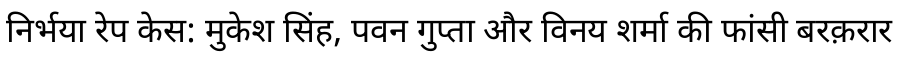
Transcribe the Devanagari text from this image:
निर्भया रेप केस: मुकेश सिंह, पवन गुप्ता और विनय शर्मा की फांसी बरक़रार